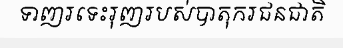
ទាញរទេះរុញរបស់បាតុករជនជាតិ